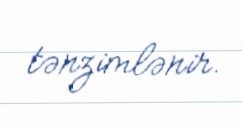
tənzimlənir.